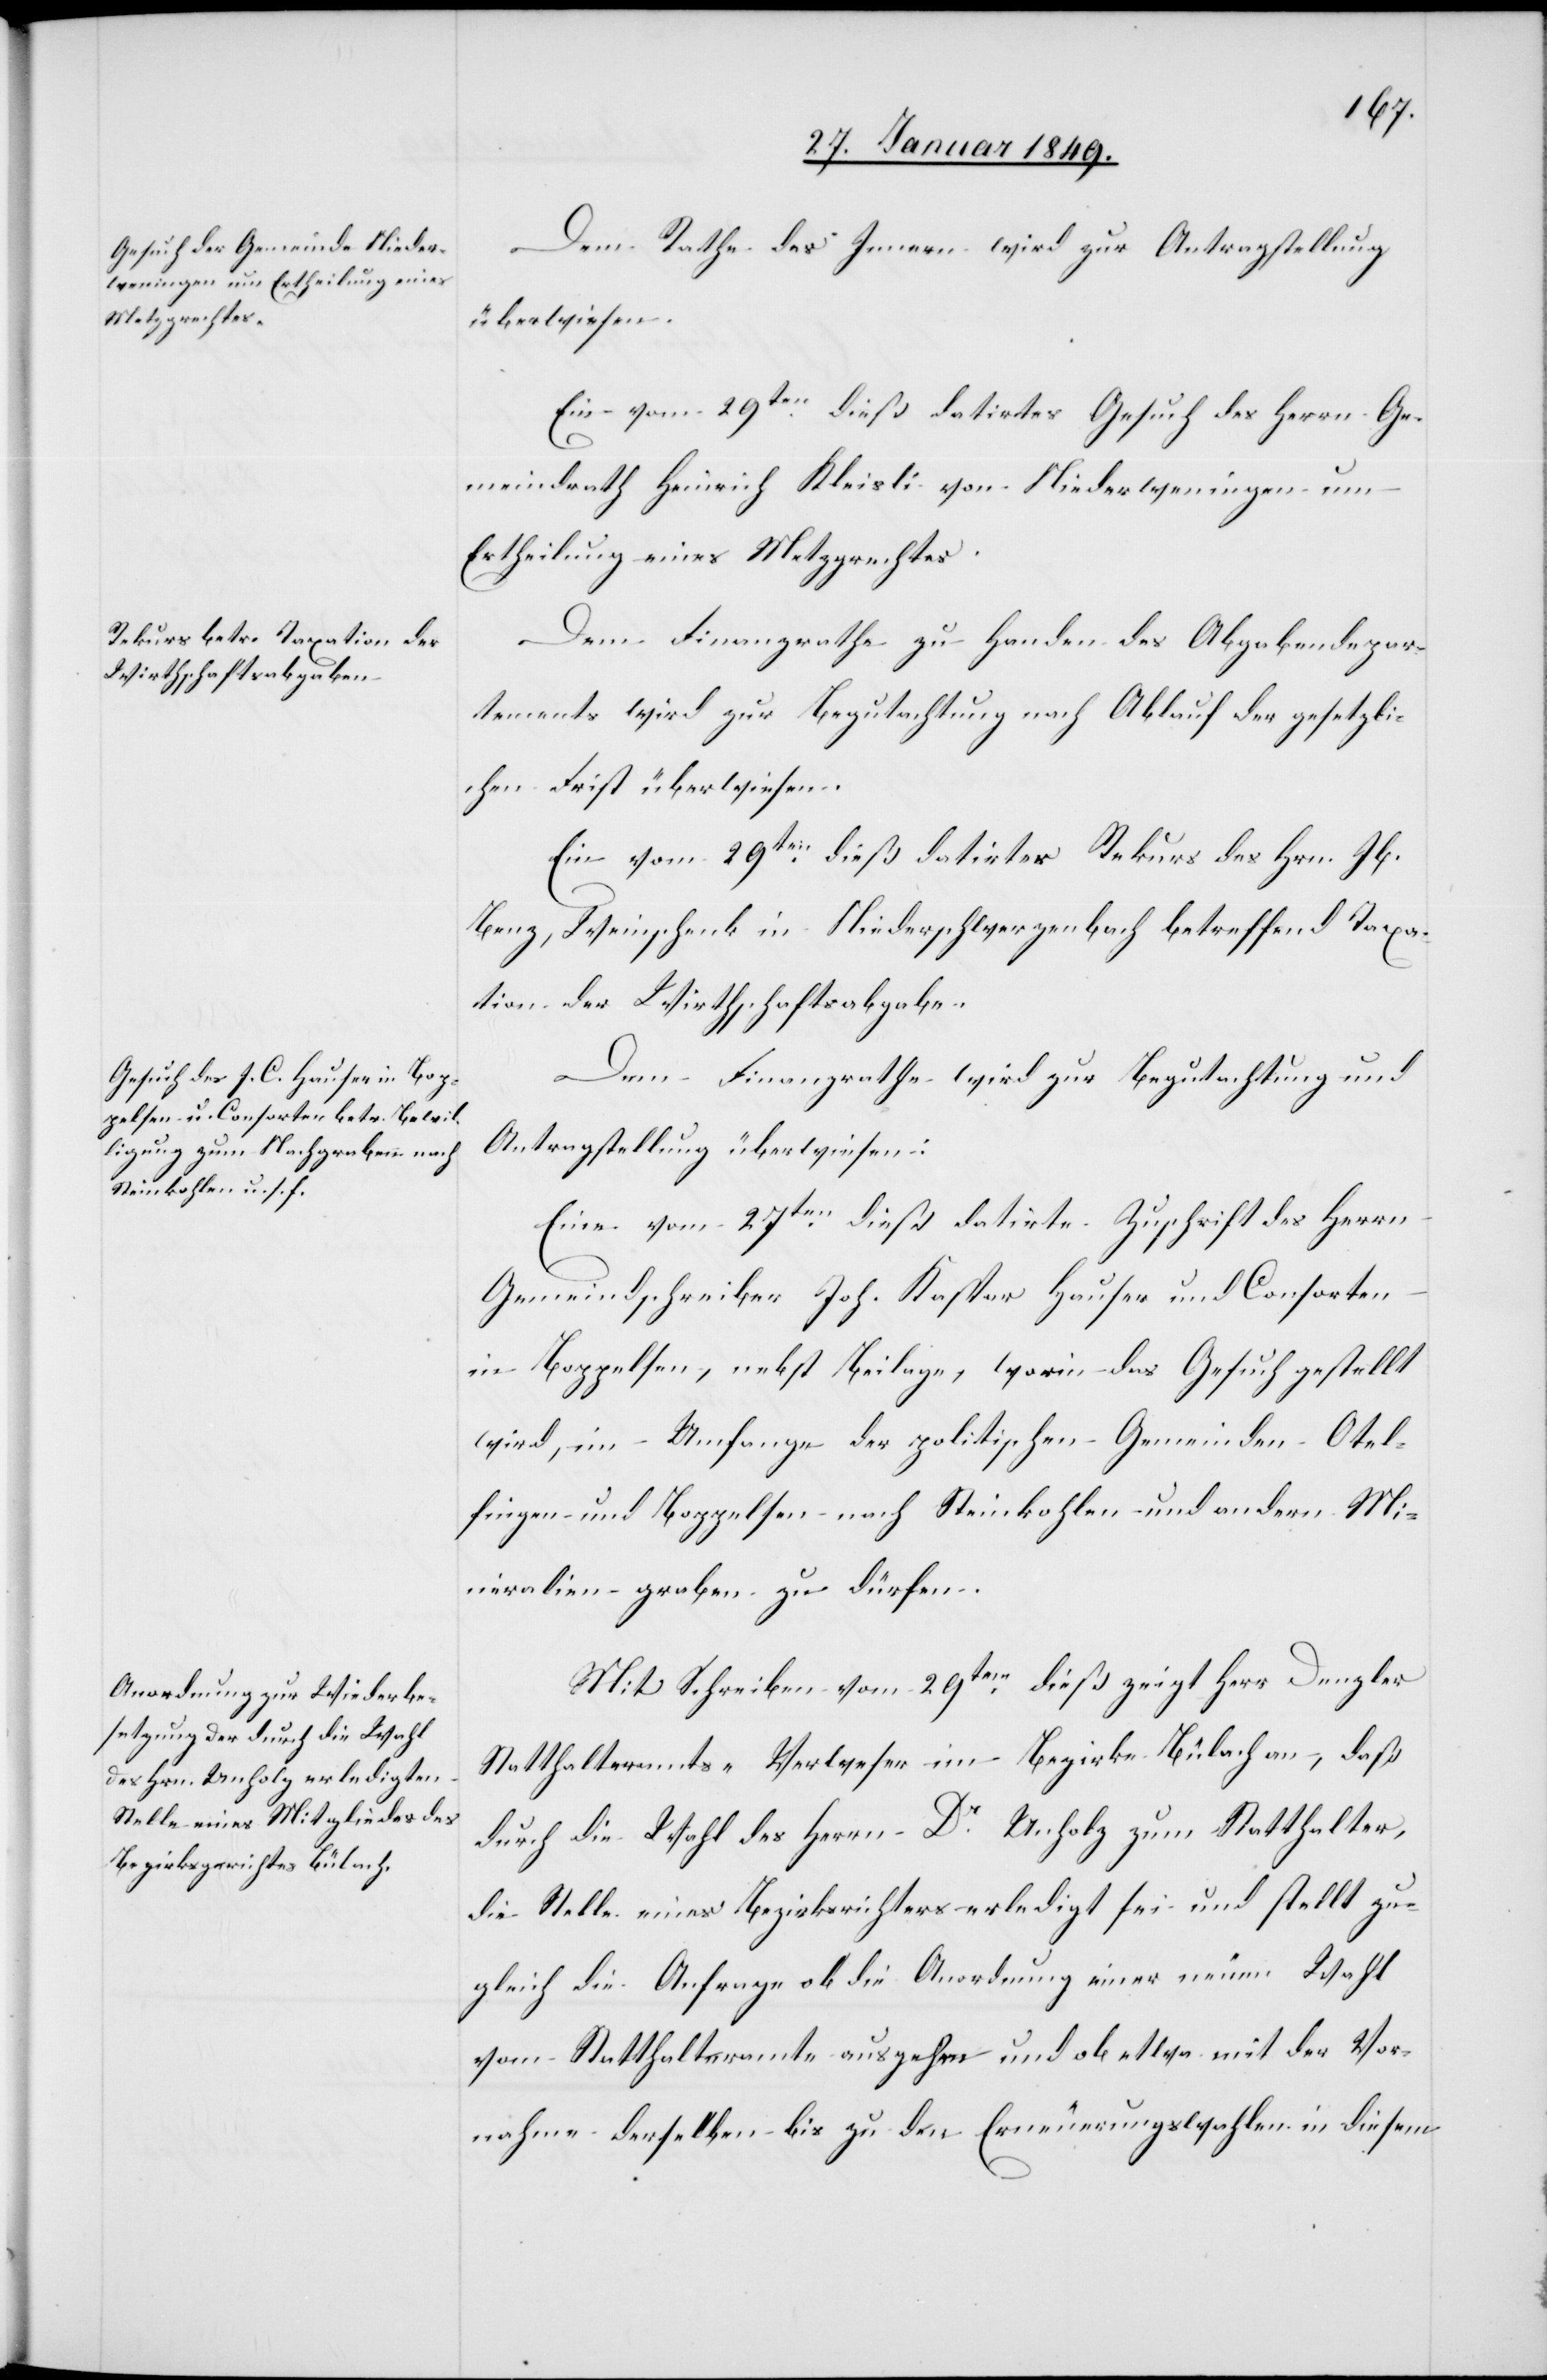
30. Januar 1849.]
Dem Rathe des Innern wird zur Antragstellung
überwiesen:
Ein vom 29ten. dieß datirtes Gesuch des Herrn Ge¬
meindrath Heinrich Kleisli von Niederweningen um
Ertheilung eines Metzgrechtes.
Dem Finanzrathe zu Handen des Abgabendepar¬
tements wird zur Begutachtung nach Ablauf der gesetzli¬
chen Frist überwiesen.
Ein vom 29ten. dieß datirter Rekurs des Hrn. Jb.
Benz, Weinschenk in Niederschwerzenbach betreffend Taxa¬
tion der Wirthschaftsabgabe.
Dem Finanzrathe wird zur Begutachtung und
Antragstellung überwiesen:
Eine vom 27ten. dieß datirte Zuschrift des Herrn
Gemeindschreiber Joh. Kaspar Hauser und Consorten
in Boppelsen, nebst Beilage, worin das Gesuch gestellt
wird, im Umfange der politischen Gemeinden Otel¬
fingen und Boppelsen nach Steinkohlen und andern Mi¬
neralien graben zu dürfen.
Mit Schreiben vom 29ten. dieß zeigt Herr Denzler
Statthalteramts-Verweser im Bezirke Bülach an, daß
durch die Wahl des Herrn Dr. Unholz zum Statthalter,
die Stelle eines Bezirksrichters erledigt sei und stellt zu¬
gleich die Anfrage ob die Anordnung einer neuen Wahl
vom Statthalteramte ausgehen und ob etwa mit der Vor¬
nahme derselben bis zu den Erneuerungswahlen in diesem